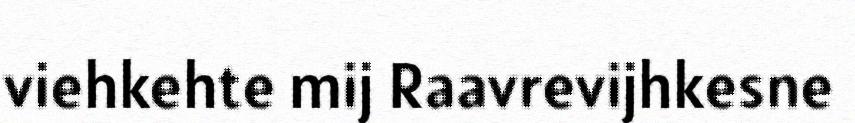
viehkehte mij Raavrevijhkesne